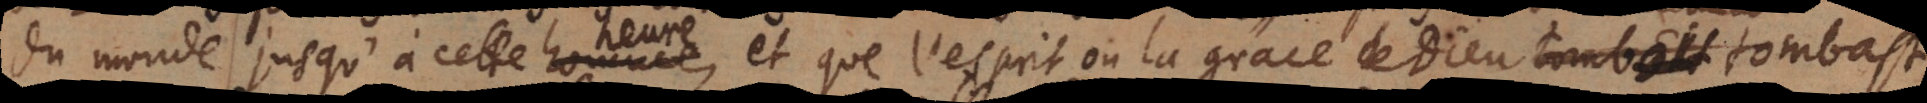
du monde jusqu’à cette heure, et que l’esprit ou la grace de Dieu tombast